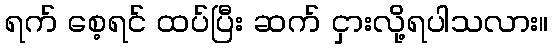
ရက် စေ့ရင် ထပ်ပြီး ဆက် ငှားလို့ရပါသလား။